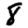
Digit: 8